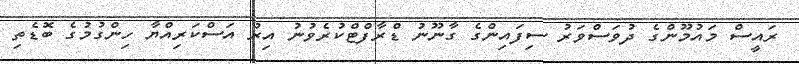
ރައީސް މައުމޫންގެ ދުވަސްވަރު ސިފައިންގެ ގާނޫނު ޑްރާފްޓްކުރެވުނު އިރު އަސްކަރިއްޔާ ހިންގުމުގެ ބޮޑެތި